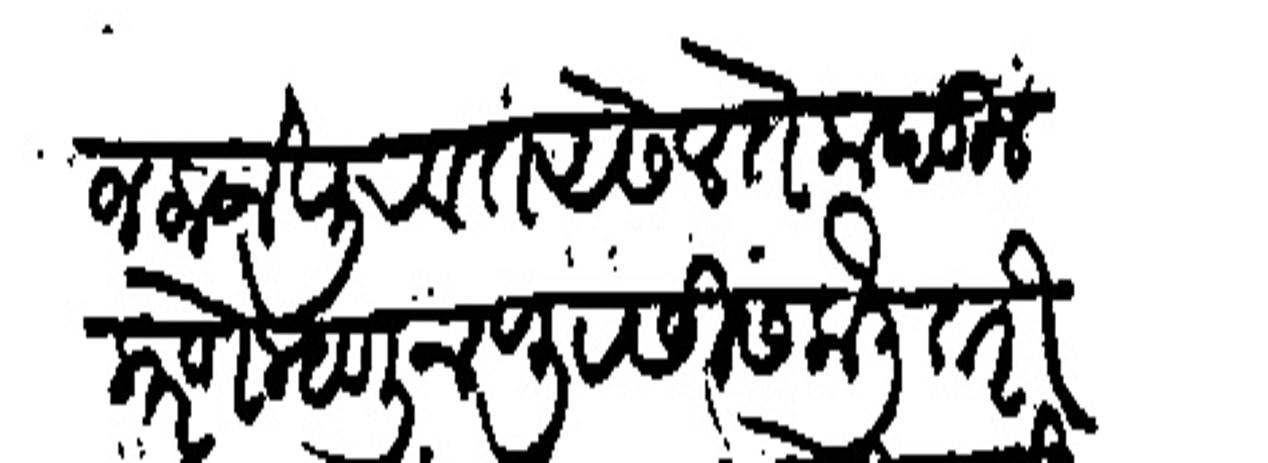
Transliteration (Devanagari): जला जे पुरवत असेल ते कबूल करणे म्हणून पुरसीस केली तरी